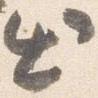
出